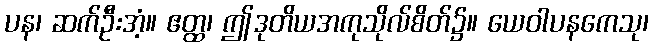
ပန၊ ဆက်ဦးအံ့။ ဧတ္ထ၊ ဤဒုတိယအကုသိုလ်စိတ်၌။ ယေဝါပနကေသု၊